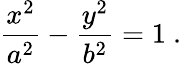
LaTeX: {\frac{x^{2}}{a^{2}}}-{\frac{y^{2}}{b^{2}}}=1\ .